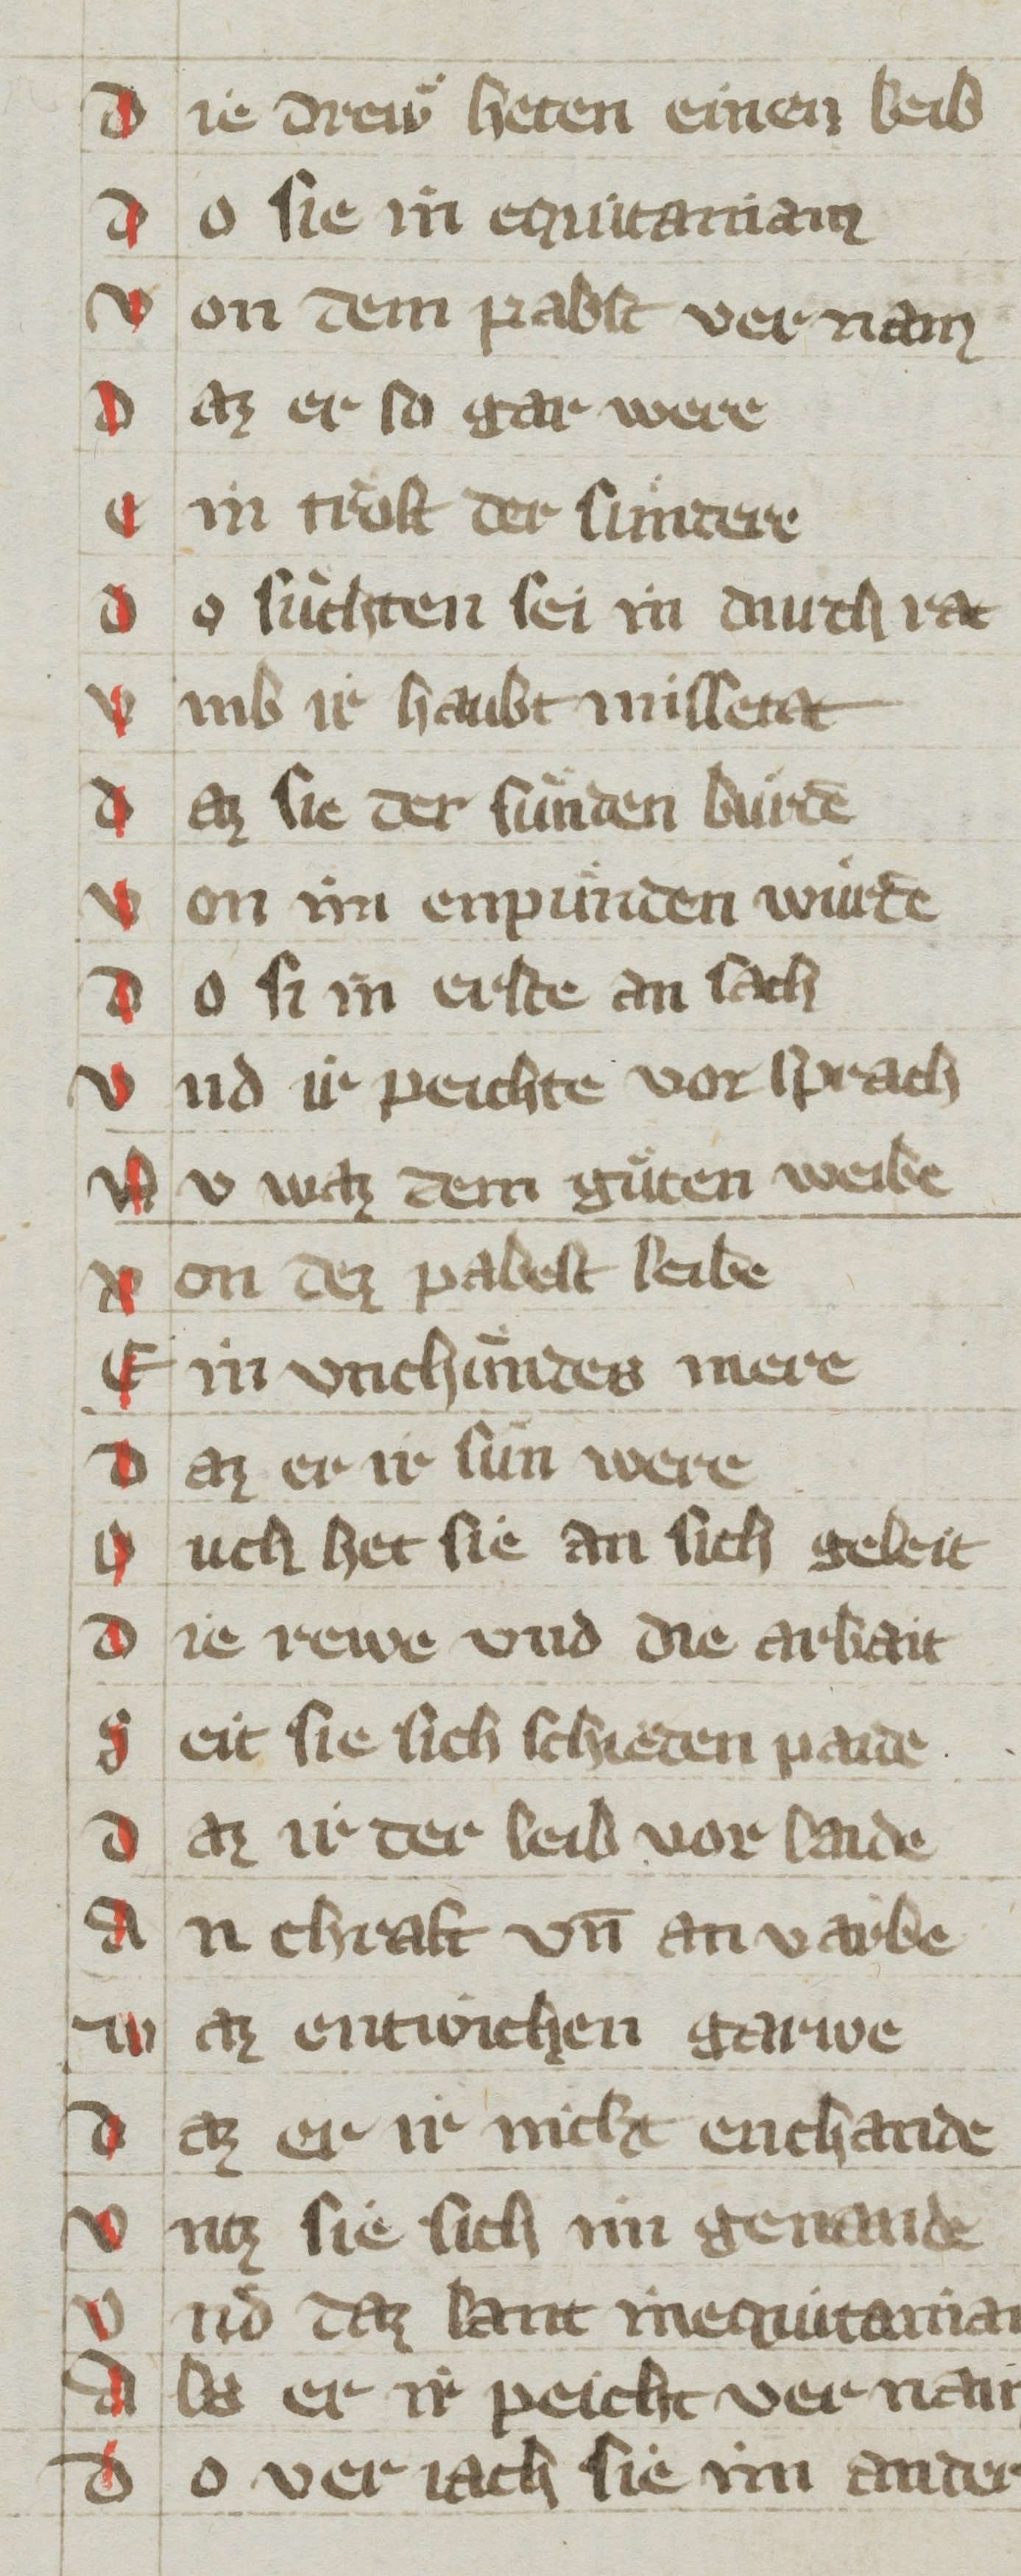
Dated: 1350–1399